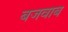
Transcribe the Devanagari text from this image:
बजवाब